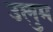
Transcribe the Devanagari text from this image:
उलुम